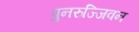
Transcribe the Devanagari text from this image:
पुनरुज्जिवन